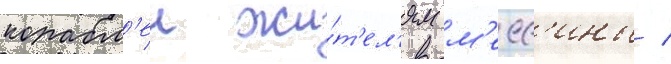
корабл'еи жи́т'ел'ям м'есс'ины /